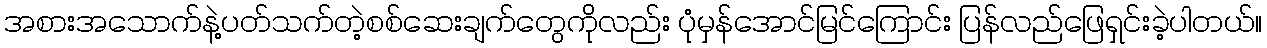
အစားအသောက်နဲ့ပတ်သက်တဲ့စစ်ဆေးချက်တွေကိုလည်း ပုံမှန်အောင်မြင်ကြောင်း ပြန်လည်ဖြေရှင်းခဲ့ပါတယ်။